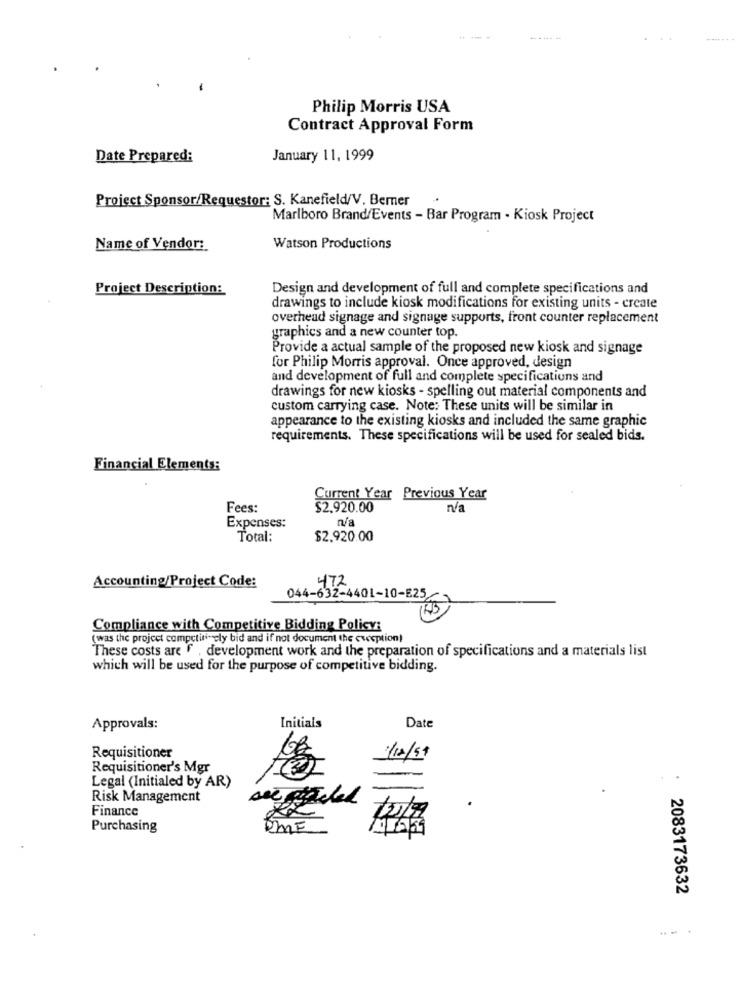
--...
Philip Morris USA
Contract Approval Form
Date Prepared:
January 11, 1999
Project Sponsor/Requestor: S. Kanefield/V. Bemer
Marlboro Brand/Events - Bar Program . Kiosk Project
Name of Vendor:
Watson Productions
Project Description:
Design and development of full and complete specifications and
drawings to include kiosk modifications for existing units - create
overhead signage and signage supports, front counter replacement
graphics and a new counter top.
Provide a actual sample of the proposed new kiosk and signage
for Philip Morris approval. Once approved, design
and development of full and complete specifications and
drawings for new kiosks - spelling out material components and
custom carrying case. Note: These units will be similar in
appearance to the existing kiosks and included the same graphic
requirements. These specifications will be used for sealed bids.
Financial Elements:
Current Year Previous Year
Fees:
$2.920.00
n/a
Expenses:
Total:
$2.920.00
472
Accounting/Project Code:
044-632-4401-10-E25
Compliance with Competitive Bidding Polisy:
(was the project competitively bid and if not document the exception)
These costs are f , development work and the preparation of specifications and a materials list
which will be used for the purpose of competitive bidding.
Approvals:
Initials
Date
Requisitioner
1/10/99
Requisitioner's Mgr
Legal (Initialed by AR)
Risk Management
Finance
Purchasing
RMF
2083173632